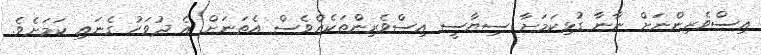
އިސްވެރިންނަށް ނާނާ ގުޅިކަމަށާ ސިޔާސީ އިސްވެރިންތަކެއްވެސް އެތަނަށް އެ ދުވަހު ގެނައި ކަމަށެވެ.